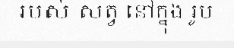
របស់ សត្វ នៅក្នុង រូប